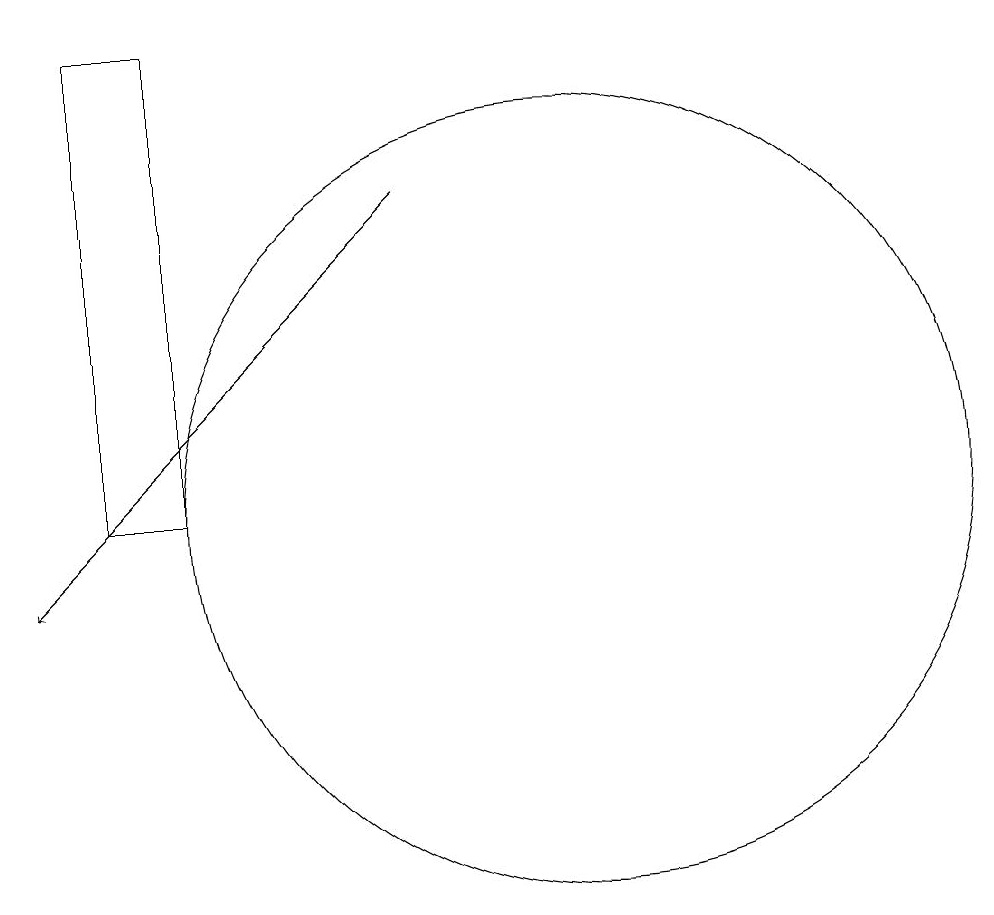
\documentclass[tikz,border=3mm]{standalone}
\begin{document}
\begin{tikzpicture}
\draw[->] (8,15) -- (3,10);
\draw (10,11) circle (5);
\draw (5,11) rectangle (4,17);
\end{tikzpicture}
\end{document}